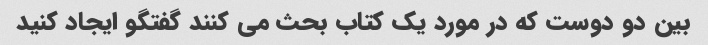
بین دو دوست که در مورد یک کتاب بحث می کنند گفتگو ایجاد کنید